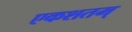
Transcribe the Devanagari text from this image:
एकशतम्